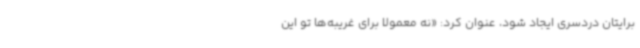
برایتان دردسری ایجاد شود، عنوان کرد: «نه معمولا برای غریبه‌ها تو این